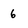
Character: 6